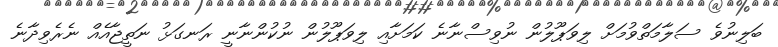
ބަލިނުވެ ސަލާމަތްވުމަށް ލިވަޕޫލުން ނުވިސްނާނެ ކަމަށާއި ލިވަޕޫލުން ނުކުންނާނީ ރަނގަޅު ނަތީޖާއެއް ނެރެވިދާނެ